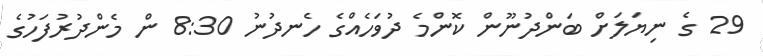
29 ގެ ނިޔަލަށް ބަންދުނޫން ކޮންމެ ދުވަހެއްގެ ހެނދުނު 8:30 ން މެންދުރުފަހުގެ